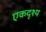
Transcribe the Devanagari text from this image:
एकदृश्य